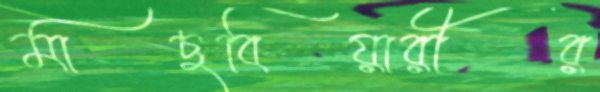
মাছবিয়ারীর